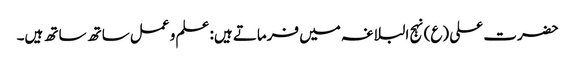
حضرت علی (ع) نہج البلاغہ میں فرماتے ہیں: علم و عمل ساتھ ساتھ ہیں۔